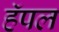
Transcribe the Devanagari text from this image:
हॅपल